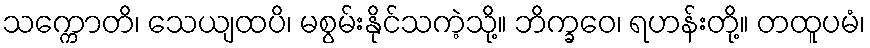
သက္ကောတိ၊ သေယျထပိ၊ မစွမ်းနိုင်သကဲ့သို့။ ဘိက္ခဝေ၊ ရဟန်းတို့။ တထူပမံ၊